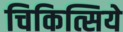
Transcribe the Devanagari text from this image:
चिकित्सिये